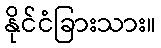
နိုင်ငံခြားသား။